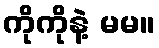
ကိုကိုနဲ့ မမ။